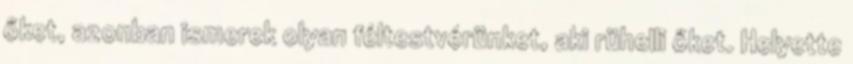
őket, azonban ismerek olyan féltestvérünket, aki rühelli őket. Helyette